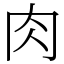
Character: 肉